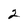
Character: 2